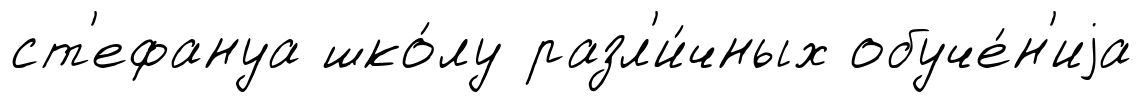
ст'ефануа шко́лу разл'и́чных обуче́н'иjа